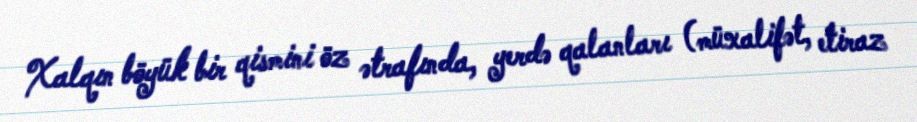
Xalqın böyük bir qismini öz ətrafında, yerdə qalanları (müxalifət, etiraz